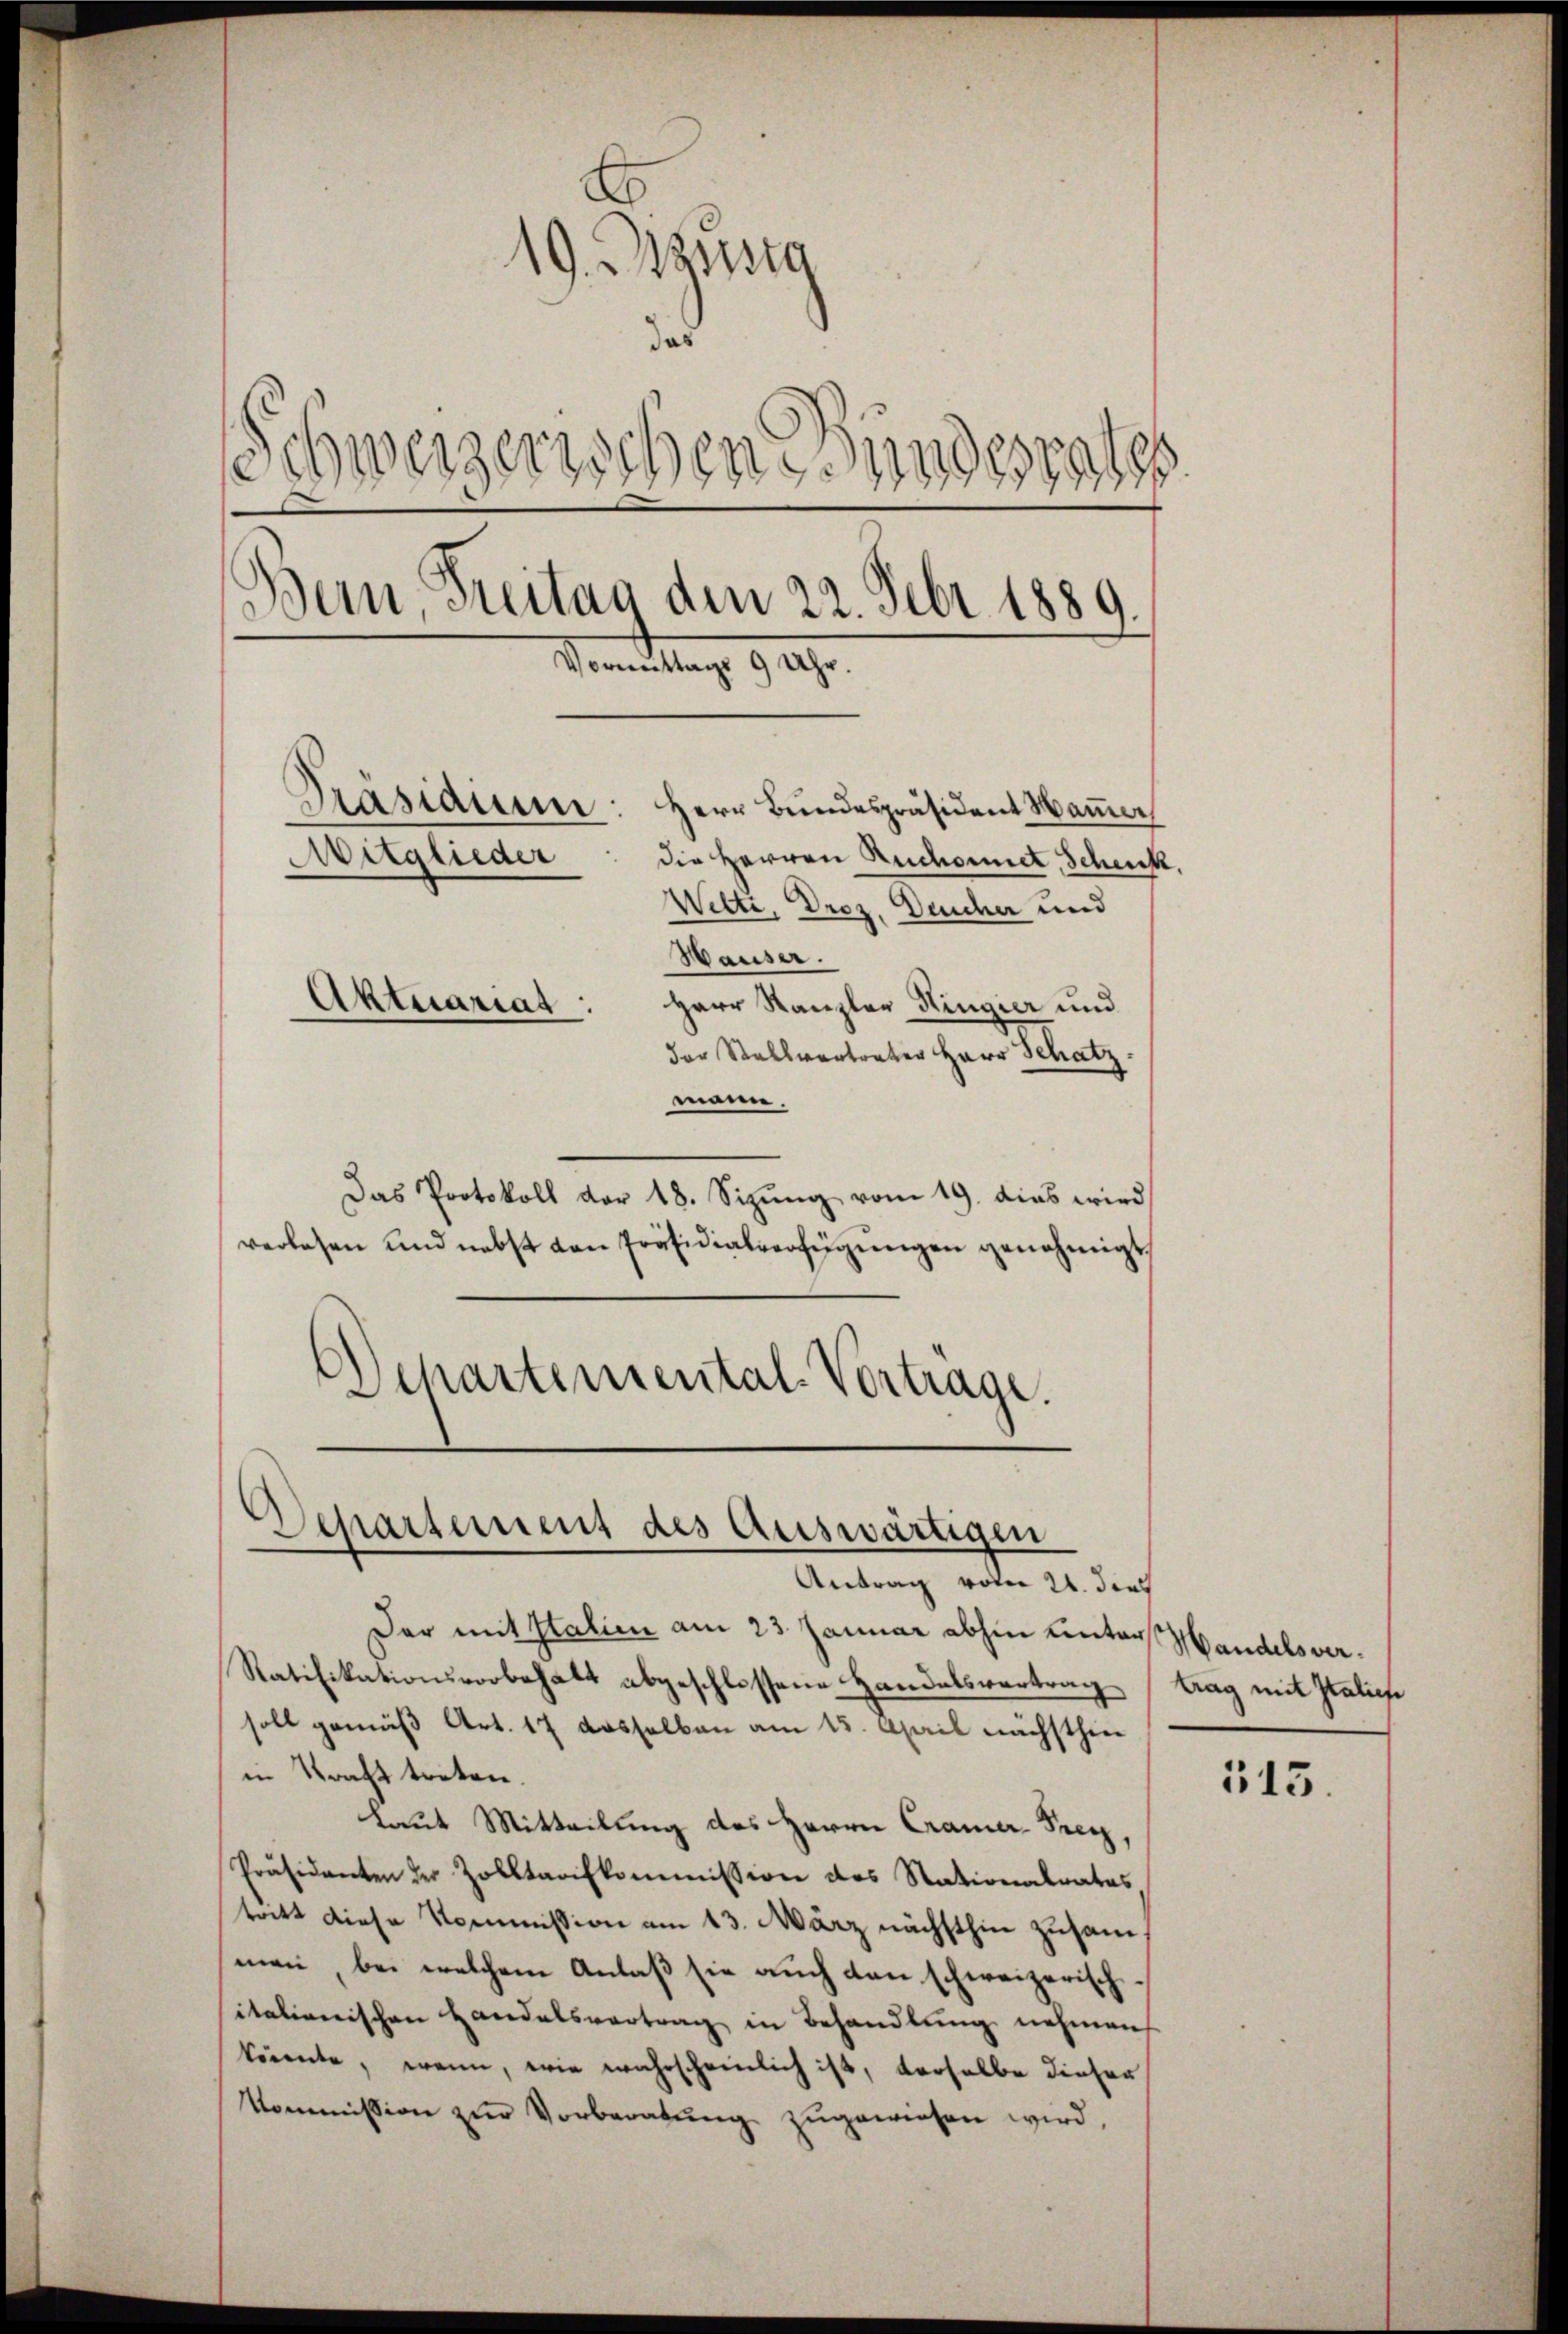
19. Massg
d
Schweizerischen Kindesratss
Bern, Freitag den 22. Febr. 1889.
Vormittags 9 Uhr.
Präsidium Herr Bundespräsident Hammer
Mitglieder
die Herren Ruchornet, Schenk.
Welti, Droz. Deucher und
Wauser.
Aktuariat
Herr Kanzler Hingier und
der Stallvertrater Herr Schatz

mann.
Das Protokoll vor 18. Sizŭng vom 19. dies wird
verlesen und nebst von Präsidialverfügungen genehmigt,
Schartemental-Vortrage.

Departement des Auswärtigen
Antrag voto 21. dies

Der mit Italien am 23. Januar abhin unter Handelsver¬
Ratifikationsvorbehalt abgeschlossene Handelsvertrag
soll gemäß Art. 17 dasselben am 15. April nächsthier
in Kraft treten.
laut Mitteilung des Herrn Cramer-Prey,
Präsidenten der Zolltarifkommission des Stationalrates
tott diese Kommission am 13. März nächsthin zusam
men bei welchem Anlaß sie auch dan schweizerisch
italienischen Handelsvertrag in Behandlung nehmen
könnte, wenn, wie wahrscheinlich ist, verselbe dieser
Kommission zur Vorberatung zugewiesen wird,

trag mit Italiefe

515.